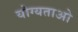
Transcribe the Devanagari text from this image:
योग्यताओ